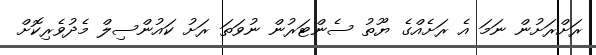
ރަށްރަށުން ނަމަ އެ ރަށެއްގެ ޔޫތު ސެންޓަރުން ނުވަތަ ރަށު ކައުންސިލް މެދުވެރިކޮށް